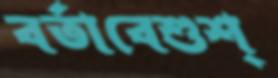
বর্তাবেশুশ্